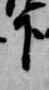
下